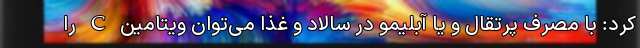
کرد: با مصرف پرتقال و یا آبلیمو در سالاد و غذا می‌توان ویتامین C را